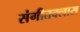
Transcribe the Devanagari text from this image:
संगीतक्लास